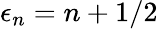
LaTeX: \epsilon_{n}=n+1/2